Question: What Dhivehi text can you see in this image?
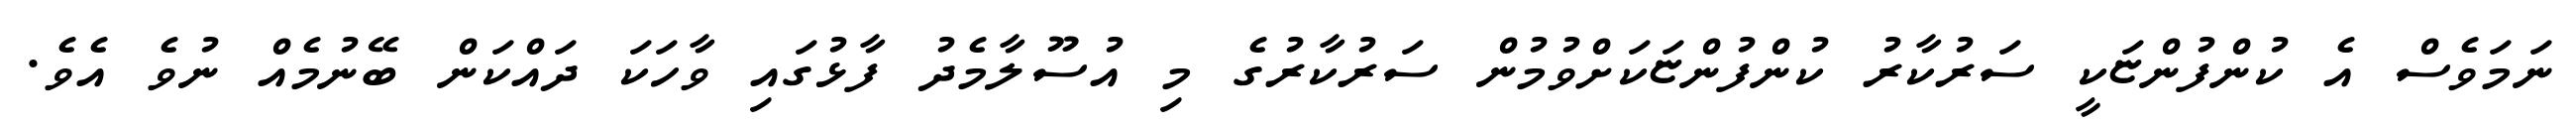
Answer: ނަމަވެސް އެ ކުންފުންޏަކީ ސަރުކާރު ކުންފުންޏަކަށްވުމުން ސަރުކާރުގެ މި އުސޫލާމެދު ފާޅުގައި ވާހަކަ ދައްކަން ބޭނުމެއް ނުވެ އެވެ.